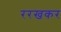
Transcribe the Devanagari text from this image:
ररखकर